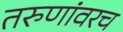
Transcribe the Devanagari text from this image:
तरुणांवरच